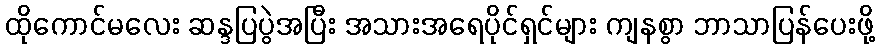
ထိုကောင်မလေး ဆန္ဒပြပွဲအပြီး အသားအရေပိုင်ရှင်များ ကျနစွာ ဘာသာပြန်ပေးဖို့